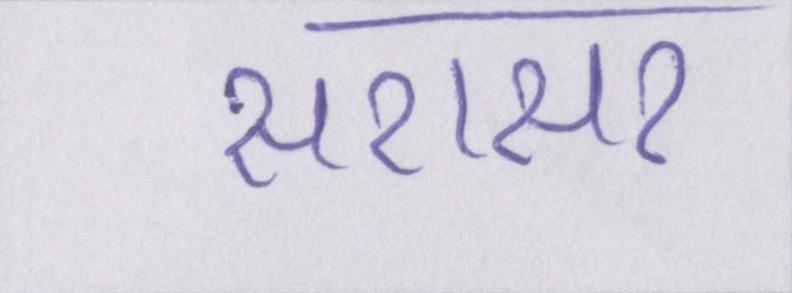
सरासर